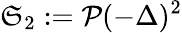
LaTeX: \mathfrak{S}_{2}:=\mathcal{P}(-\Delta)^{2}